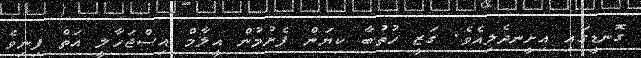
ގޮނޑީގައި އިށީނދެލިއެވެ. ގަޒީ ހުތުބާ ކިޔަން ފެށުމުން އީލާމް އިސްޖަހާލީ އަތް ފިނިވެ